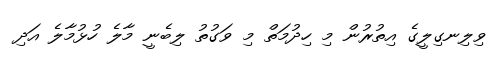
ވިލިނގިލީގެ އިތުރުން މި ހިދުމަތް މި ވަގުތު ލިބެނީ މާލެ ހުޅުމާލެ އަދި